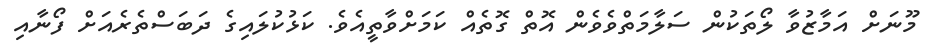
މޫނަށް އަމާޒުވާ ލޯތަކުން ސަލާމަތްވެވެން އޮތް ގޮތެއް ކަމަށްވާތީއެވެ. ކަޅުކުލައިގެ ދަބަސްތެރެއަށް ފޯނާއި